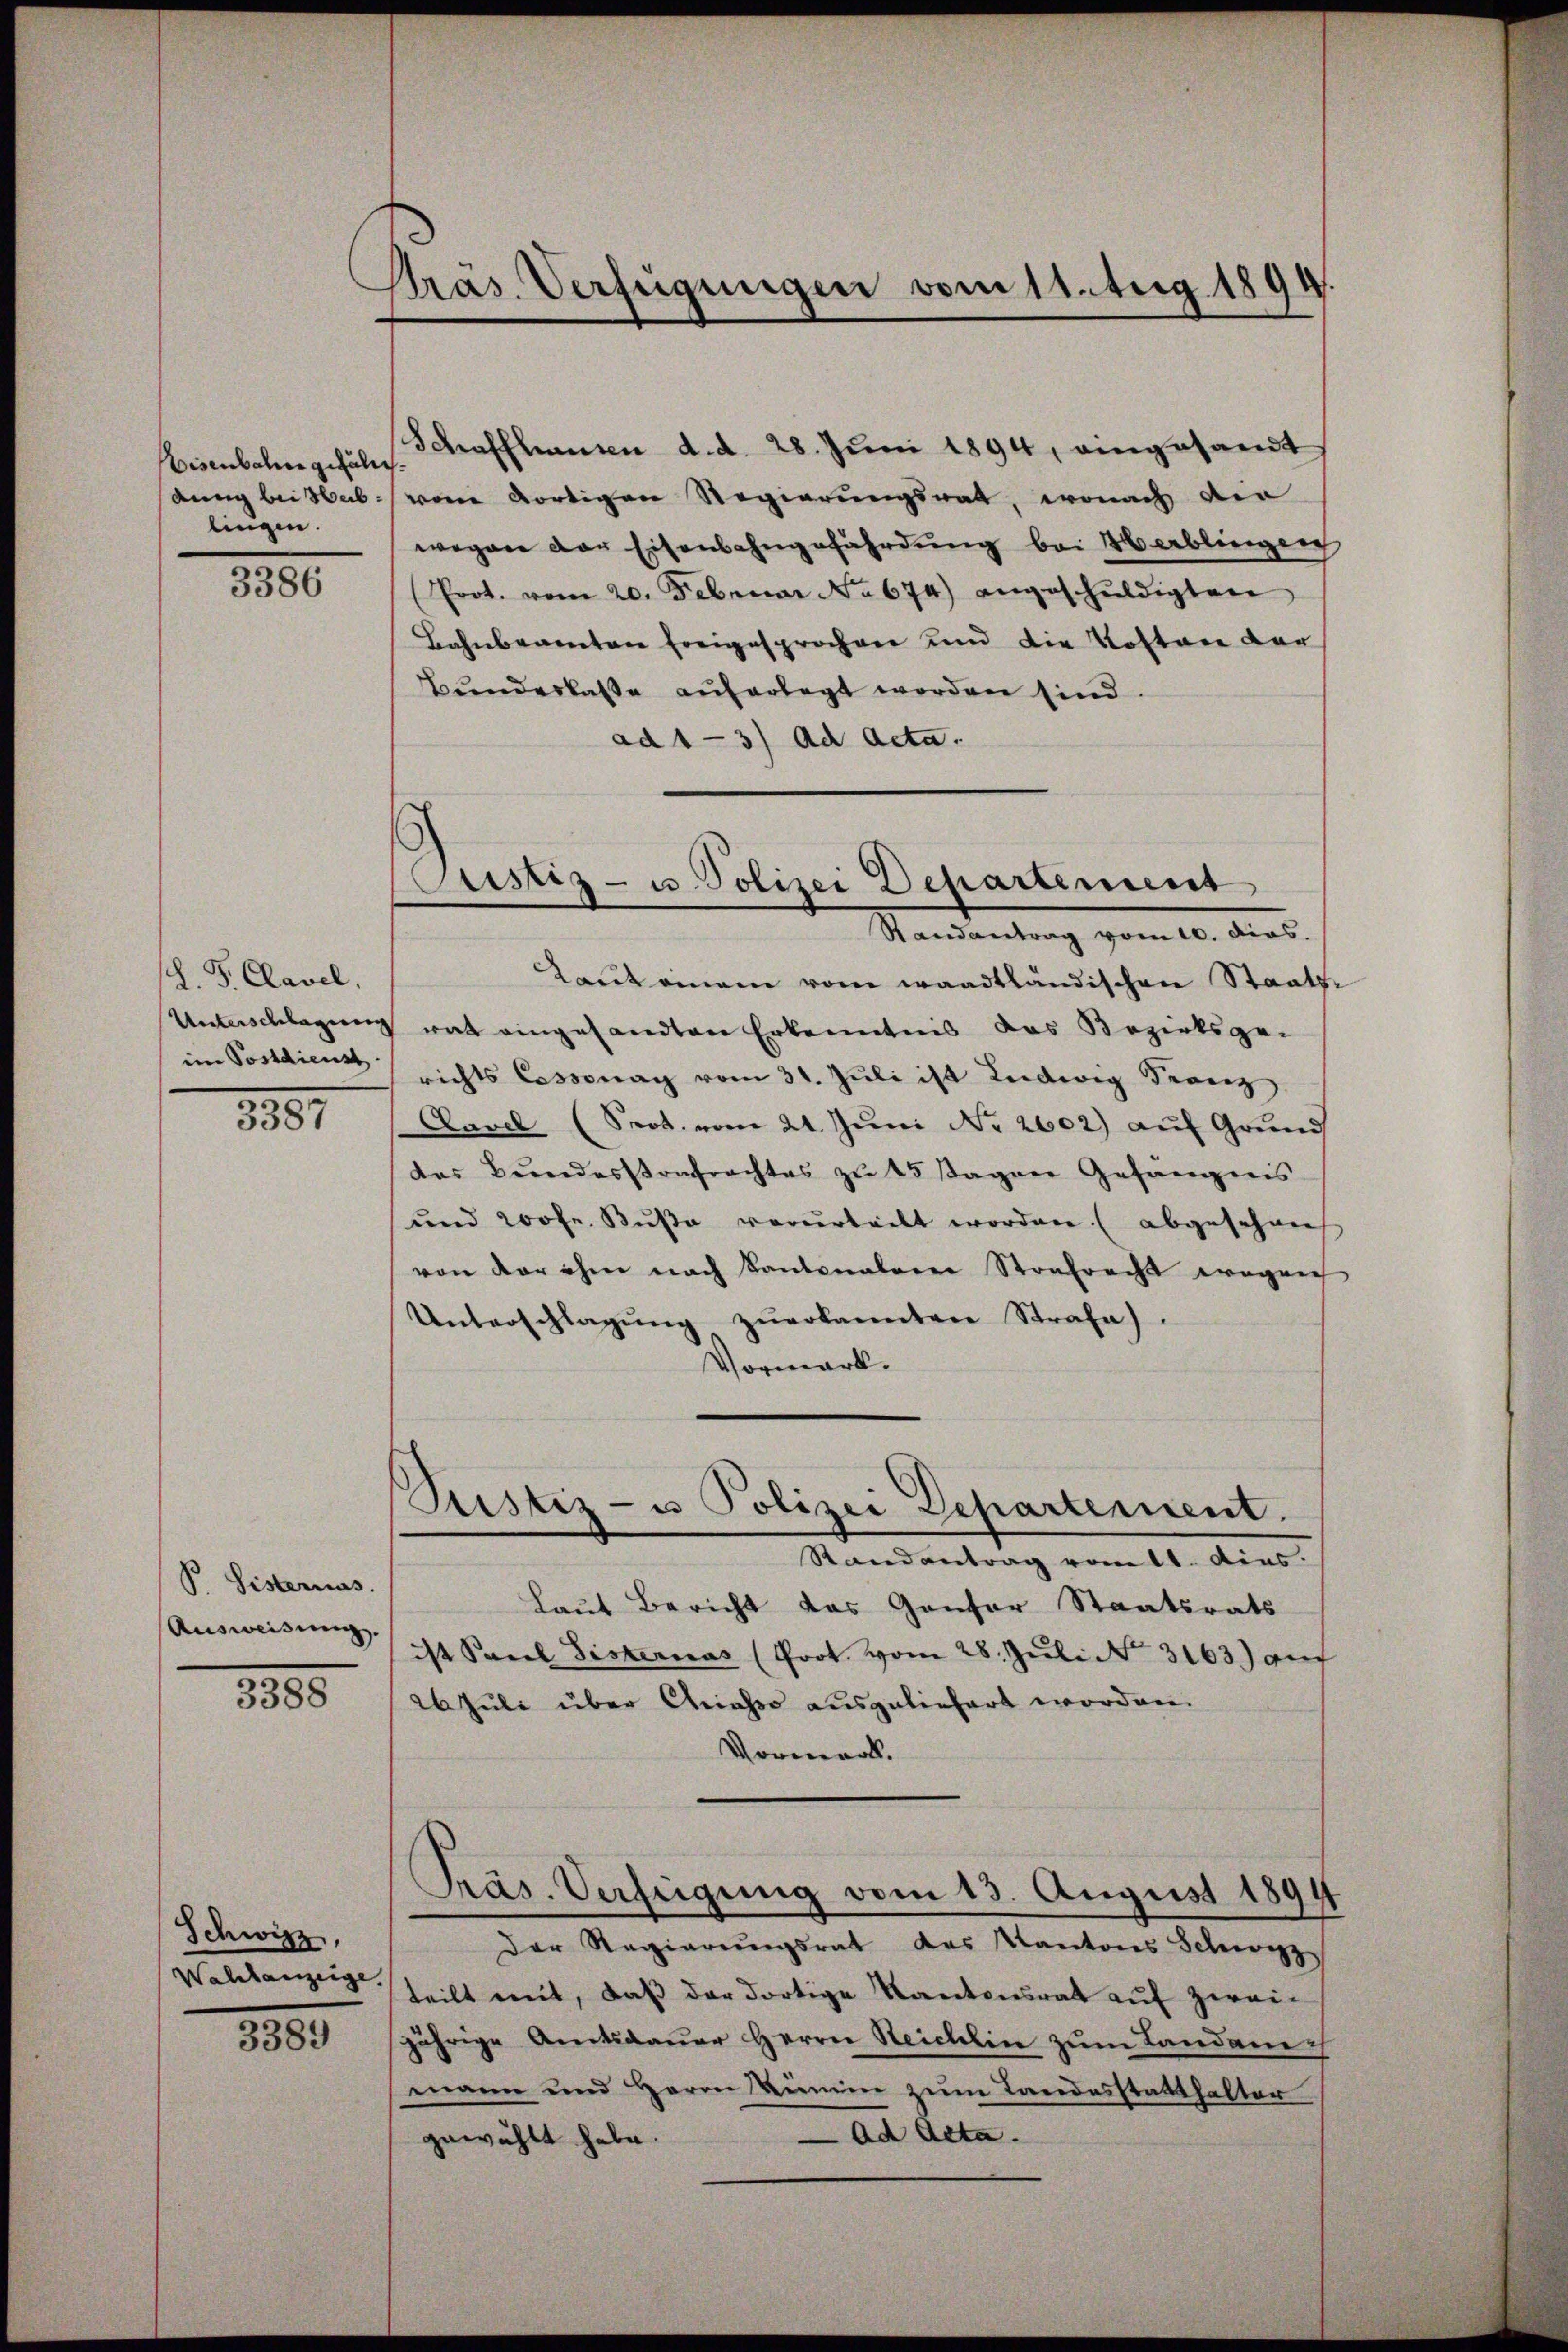
isenbahne gefährt
dung bei Sublingen.

3386

. F. Clavel,
Unterschlagung
im Postdienst

251

P Sisterius.
Ausweisung.

1800

Schwitz,
Wahlanzeige

3389

Präs. Verfügungen vom 11. Aug 1894

Schaffhausen d. d. 28. Juni 1894, eingesandt
von dortigen Regierungsrat, wonach der
wegen der Eisenbahngefährdung bei 46 erblienzen
Prot. vom 20. Februar No 674) angeschŭldigten
Bahnbeamten freigesprochen und die Kosten der
Bunderlasse auferlegt worden sind.
ad 1-3) ad Acta.

Justiz- u. Polizei Departement

Randantrag vom 10. dies.
Raut eingen vom waadtländischen Staats¬
 rat eingesandten Erkenntnis das Bezirksgerichts Cossonay vom 31. Jŭli ist Liedwig Franz
Kavel (Seot. vom 21. Jŭni Nr. 2602) aŭf Grŭnd
das Bŭndesstrafrachtes zŭ 15 sagene Gefängnis
und rohe Buße vorurteilt worden (abgeschrie
von der ihm nach Kantonalerer Strafracht wegen
Unterschlagŭng zŭerkannten Strafe.
Vormerk.
Justiz- u Polizei Departement.
Mandantrag vom 11. Ainsi
Laut Bericht das Gansor Staatsrats
ist Saeel Fisternas (Prot. vom 28. Juli No 3163) au
26 Juli über Griasso ausgeliefert worden.
Vormerk.

Präs. Verfeigung vom 13. August 1891

der Regierŭngsrat des Kantons Schwyz
teilt mit, daß der dortige Kantonsrat auf zweijährige Amtsdauer Herrn Steichlin zum Landanech
mann und Herrn Linien zum Landesstatthalter
gewählt habe. ad Acta.